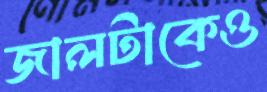
জালটাকেও